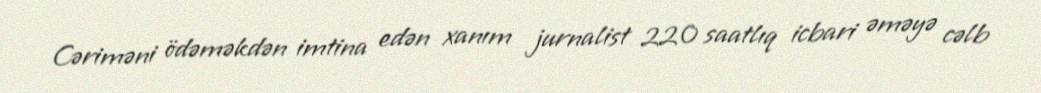
Cəriməni ödəməkdən imtina edən xanım jurnalist 220 saatlıq icbari əməyə cəlb